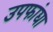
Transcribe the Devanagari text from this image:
उपफांद्या